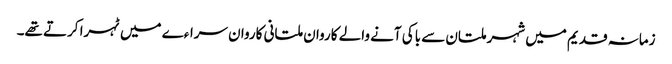
زمانہ قدیم میں شہر ملتان سے باکی آنے والے کاروان ملتانی کاروان سراءے میں ٹہرا کرتے تھے۔